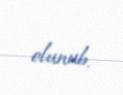
olunub.